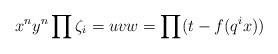
LaTeX: \begin{align*}x^n y^n\prod \zeta_i = uvw= \prod (t-f(q^i x))\end{align*}